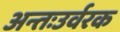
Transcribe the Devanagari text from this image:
अन्तःउर्वरक